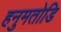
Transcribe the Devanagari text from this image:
हनुमतोडि